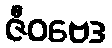
ဇီဝဗေဒ